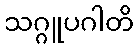
သဂ္ဂူပဂါတိ